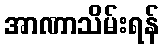
အာဏာသိမ်းရန်